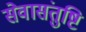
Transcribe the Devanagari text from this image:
सेवासंतुष्टि